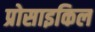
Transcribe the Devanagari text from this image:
प्रोसाइकिल